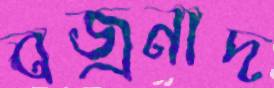
বজ্রনাদ